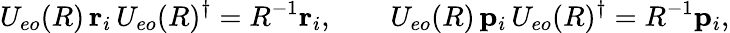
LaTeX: U_{eo}(R)\, {\mathbf{r}}_{i}\, U_{eo}(R)^{\dagger}=R^{-1}{\mathbf{r}}_{i},\qquad U_{eo}(R)\, {\mathbf{p}}_{i}\, U_{eo}(R)^{\dagger}=R^{-1}{\mathbf{p}}_{i},